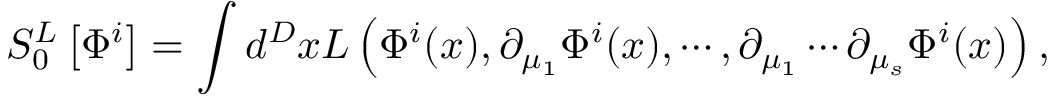
S _ { 0 } ^ { L } \left[ \Phi ^ { i } \right] = \int d ^ { D } x L \left( \Phi ^ { i } ( x ) , \partial _ { \mu _ { 1 } } \Phi ^ { i } ( x ) , \cdots , \partial _ { \mu _ { 1 } } \cdots \partial _ { \mu _ { s } } \Phi ^ { i } ( x ) \right) ,